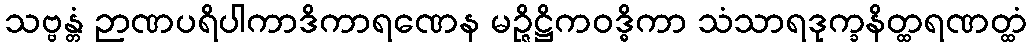
သဗ္ဗန္တံ ဉာဏပရိပါကာဒိကာရဏေန မဉ္ဇိဋ္ဌိကဝဒ္ဓိကာ သံသာရဒုက္ခနိတ္ထရဏတ္ထံ